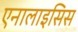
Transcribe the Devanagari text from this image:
एनालाइसिस